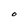
Character: O